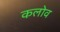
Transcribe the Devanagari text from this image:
कलोव